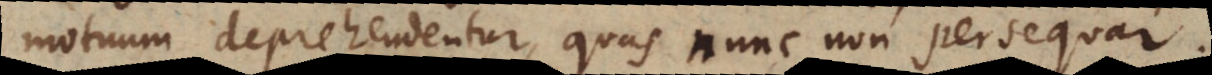
motuum deprehendentur, quas nunc non persequar.